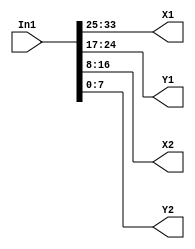
// -------------------------------------------------------------
// 
// 
// Generated by MATLAB 9.13 and HDL Coder 4.0
// 
// -------------------------------------------------------------


// -------------------------------------------------------------
// 
// Module: splitBBox
// Source Path: BlobAnalysisHDL/BlobDetector/CacheResultForXfer/splitBBox
// Hierarchy Level: 2
// 
// -------------------------------------------------------------

`timescale 1 ns / 1 ns

module splitBBox
          (In1,
           X1,
           Y1,
           X2,
           Y2);


  input   [33:0] In1;  // ufix34
  output  [8:0] X1;  // ufix9
  output  [7:0] Y1;  // uint8
  output  [8:0] X2;  // ufix9
  output  [7:0] Y2;  // uint8




  assign X1 = In1[33:25];



  assign Y1 = In1[24:17];



  assign X2 = In1[16:8];



  assign Y2 = In1[7:0];



endmodule  // splitBBox